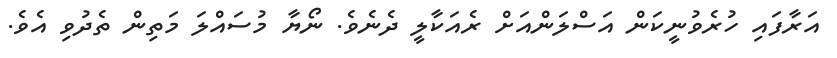
އަރާފައި ހުރެވުނީކަން އަސްލަންއަށް ރެއަކާލީ ދެނެވެ. ނޯޔާ މުސައްލަ މަތިން ތެދުވި އެވެ.